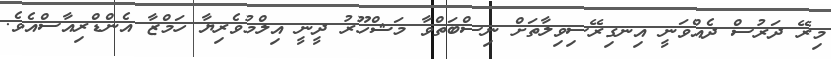
މިރޭ ދަރުސް ދެއްވަނީ އިނގިރޭސިވިލާތަށް ނިސްބަތްވާ މަޝްހޫރު ދީނީ އިލްމުވެރިޔާ ހަމްޒާ އެންޑްރިއާސްއެވެ.